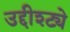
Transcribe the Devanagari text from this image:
उद्दीश्ट्ये